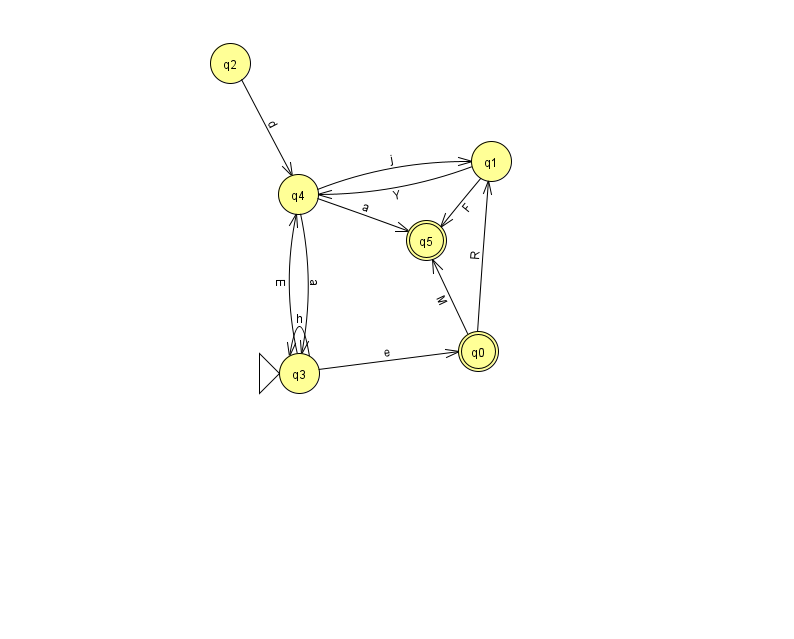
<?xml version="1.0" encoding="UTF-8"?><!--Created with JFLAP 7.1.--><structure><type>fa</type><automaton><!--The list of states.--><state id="0" name="q0"><x>478.0</x><y>338.0</y><final/></state><state id="1" name="q1"><x>491.0</x><y>148.0</y></state><state id="2" name="q2"><x>230.0</x><y>50.0</y></state><state id="3" name="q3"><x>299.0</x><y>360.0</y><initial/></state><state id="4" name="q4"><x>298.0</x><y>181.0</y></state><state id="5" name="q5"><x>426.0</x><y>227.0</y><final/></state><!--The list of transitions.--><transition><from>1</from><to>4</to><read>Y</read></transition><transition><from>4</from><to>1</to><read>j</read></transition><transition><from>4</from><to>5</to><read>a</read></transition><transition><from>1</from><to>5</to><read>F</read></transition><transition><from>2</from><to>4</to><read>d</read></transition><transition><from>3</from><to>3</to><read>h</read></transition><transition><from>3</from><to>0</to><read>e</read></transition><transition><from>3</from><to>4</to><read>E</read></transition><transition><from>0</from><to>1</to><read>R</read></transition><transition><from>0</from><to>5</to><read>M</read></transition><transition><from>4</from><to>3</to><read>a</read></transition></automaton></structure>